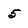
Character: 5